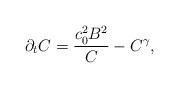
LaTeX: \begin{align*} \partial_t C&=\frac{c_0^2 B^2}{C}-C^\gamma,\end{align*}